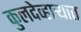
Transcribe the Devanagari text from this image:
कुलदेव्हार्‍यात